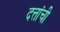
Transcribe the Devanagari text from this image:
दत्तांची